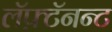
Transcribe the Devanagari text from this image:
लॅफ़्टॅनन्ट